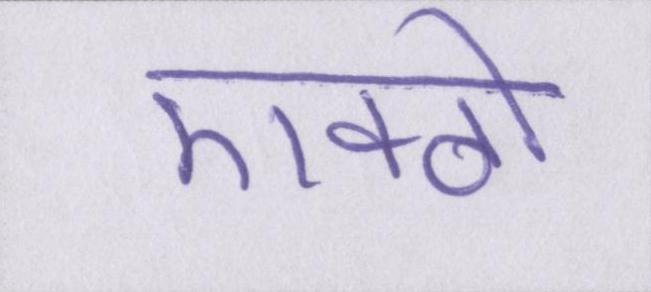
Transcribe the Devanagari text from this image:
एक्ठो